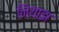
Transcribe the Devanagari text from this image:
नियाझ